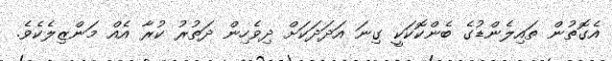
އެގޮތުން ތައިލެންޑުގެ ބެންކޮކަކީ ގިނަ އަދަދަކަށް ދިވެހިން ދަތުރު ކުރާ އެއް މަންޒިލެކެވެ.